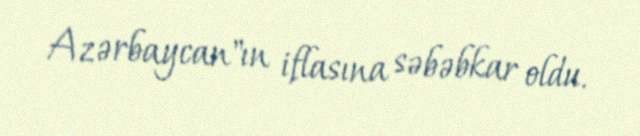
Azərbaycan"ın iflasına səbəbkar oldu.